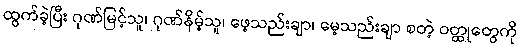
ထွက်ခဲ့ပြီး ဂုဏ်မြင့်သူ၊ ဂုဏ်နိမ့်သူ၊ ဖေ့သည်းချာ၊ မေ့သည်းချာ စတဲ့ ဝတ္ထုတွေကို